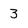
Character: 3